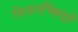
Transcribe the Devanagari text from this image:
पिशाच्विदों